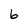
Character: 6